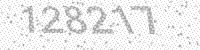
Solution: 128217